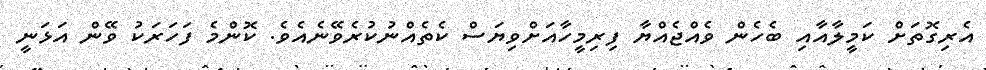
އެރިގޮތަށް ކަމީލާއާއި ބެހެން ވެއްޖެއްޔާ ފިރިމީހާއަށްވިޔަސް ކެތެއްނުކުރެވޭނެއެވެ. ކޮންމެ ފަހަރަކު ވޭން އަޅަނީ